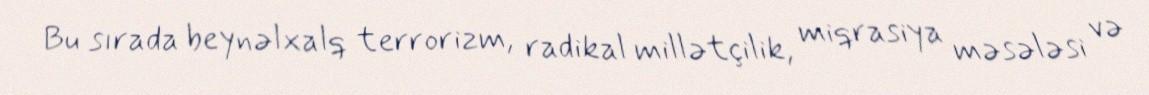
Bu sırada beynəlxalq terrorizm, radikal millətçilik, miqrasiya məsələsi və